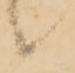
候